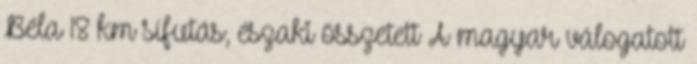
Béla 18 km sífutás, északi összetett A magyar válogatott